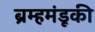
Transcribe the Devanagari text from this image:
ब्रम्हमंडूकी